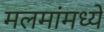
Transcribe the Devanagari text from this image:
मलमांमध्ये